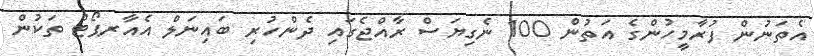
އެތަނުން ފުރާމީހުންގެ އަތުން 100 ނެގިޔަސް ރާއްޖެގައި ދެންހުރި ބައިނަލް އެއާރޕޯޓް ތަކުން